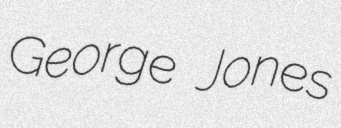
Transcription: George Jones